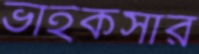
ভাইকসার